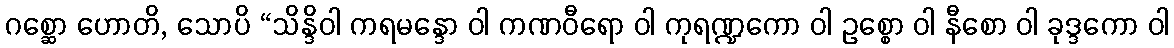
ဂစ္ဆော ဟောတိ, သောပိ “သိန္ဒိဝါ ကရမန္ဒော ဝါ ကဏဝီရော ဝါ ကုရဏ္ဍကော ဝါ ဥစ္စော ဝါ နီစော ဝါ ခုဒ္ဒကော ဝါ